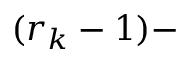
( r _ { k } - 1 ) -